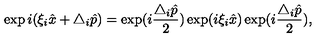
\exp i ( \xi _ { i } \hat { x } + \triangle _ { i } \hat { p } ) = \exp ( i \frac { \triangle _ { i } \hat { p } } { 2 } ) \exp ( i \xi _ { i } \hat { x } ) \exp ( i \frac { \triangle _ { i } \hat { p } } { 2 } ) ,